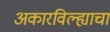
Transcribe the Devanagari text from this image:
अकारविल्ह्याचा